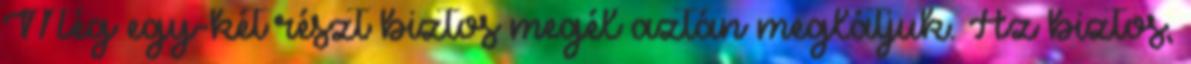
Még egy-két részt biztos megél aztán meglátjuk. Az biztos,